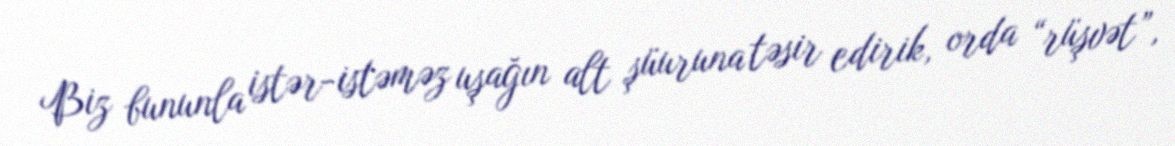
Biz bununla istər-istəməz uşağın alt şüuruna təsir edirik, orda “rüşvət”,